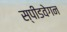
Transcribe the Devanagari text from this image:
स्पीडवेगन